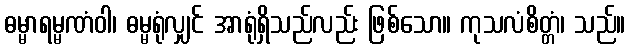
ဓမ္မာရမ္မဏံဝါ၊ ဓမ္မရုံလျှင် အာရုံရှိသည်လည်း ဖြစ်သော။ ကုသလံစိတ္တံ၊ သည်။